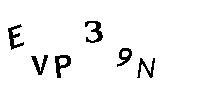
EVP39N